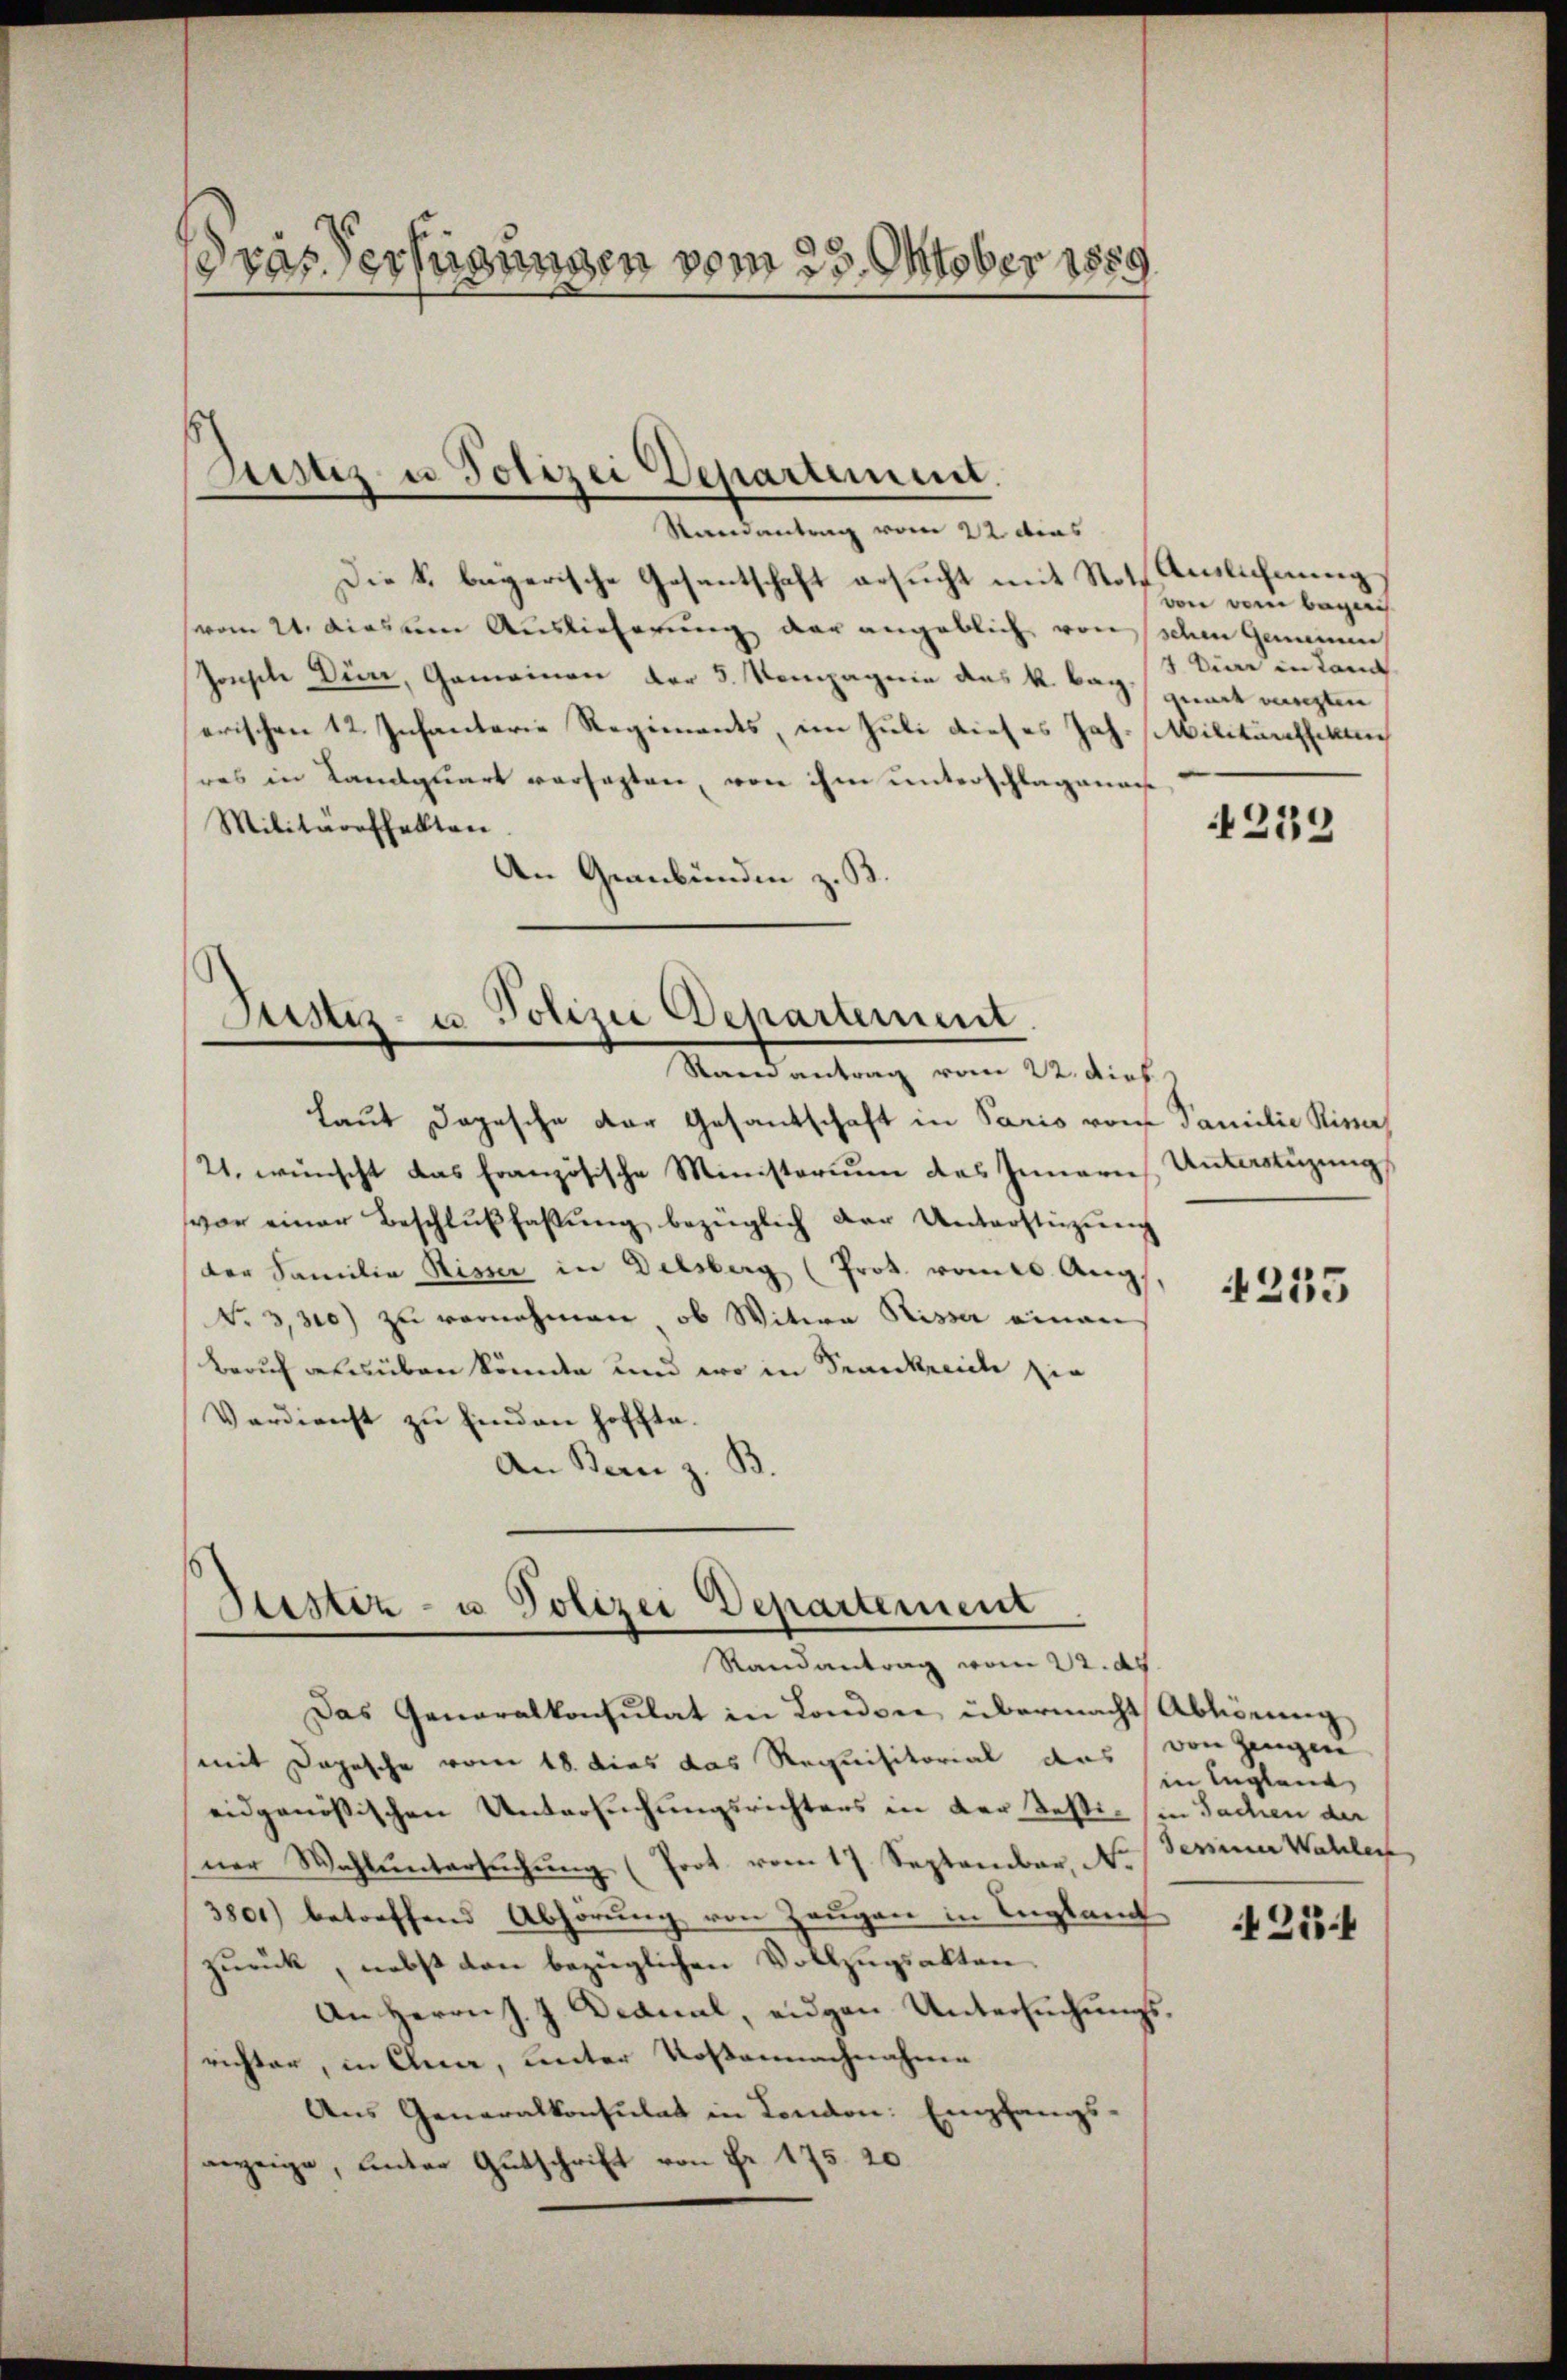
ras Verfügungen vom 23. Oktober 1889

Die k. begerische Gesantschaft ersucht mit Noth Anlichnung
(vom 21. dies um Auslieferung der angeblich von sehen Gemeinen
Jonsche Dürr, Gemeinen der 5. Kompagnie das k. bay geart vingten
erischen 12. Infanterie Regiments, im Juli dieses Joh. Militärshellen
res in Kandquart versezten, von ihm unterschlagenan
Militäreffekten.
An Graubünden z. B.

Justiz u. Polizei Departemen.
Randantrag vom 22. dies

Justiz- u Polizei Departement.
Randantrag vom 22. dick

Laut dopesche der Gesandschaft in Paris vom Familie Rina
21. wünscht das französische Ministorium des Innern, Unterstüzung
vor einer Beschlŭβ fassŭng bezüglich der Unterstützŭng
der Familie Risser in Delsberg (Prot. vom 20. Aug.,
No 3,300) zu vornehmen, ob Witwe Risser einen
Beruf gesüben könnte und wo in Krankreiche sie
Verdienst zu Einden hoffte
An Bern z. B.

Justiz- u Polizei Departement
Randantrag vom 22. ds

von dem begerich
4 Eier in kann

Das Generalkonsulat in London übermacht Abhörung
mit Depesche vom 18. dies das Requisitorial des von Zeugen
eidgenössischen Untersuchungsrichters in der Testi- (in Sachen der
ner Wahl ŭntersŭchŭng (Prot. vom 17. September, N.
3801) betreffend Abhörung von Zeugen in England
zurück, nebst den bezüglichen Vollzugsakten.
An Herrn J. J. Dianal, eigen Untersuchungsrichter, in Anna, unter Rosennachnahme
Aus Generalkonsulat in London. Empfangs-
anzeige, unter Gutschrift von Fr. 175. 20

239

4255

in Englant
dessener Wahlen

425.